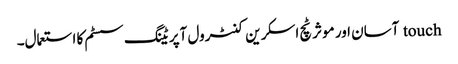
touch آسان اور موثر ٹچ اسکرین کنٹرول آپریٹنگ سسٹم کا استعمال۔